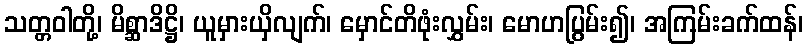
သတ္တဝါတို့၊ မိစ္ဆာဒိဋ္ဌိ၊ ယူမှားယှိလျက်၊ မှောင်တိဖုံးလွှမ်း၊ မောဟပြွမ်း၍၊ အကြမ်းခက်ထန်၊